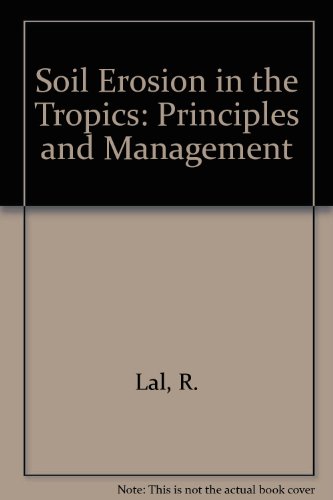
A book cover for Soil Erosion in the Tropics: Principles and Management; Rattan Lal; Crafts, Hobbies & Home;